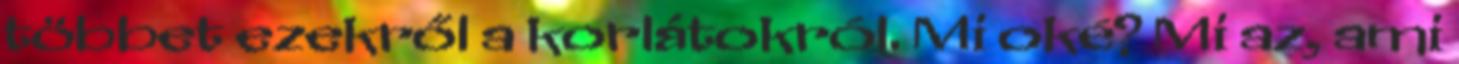
többet ezekről a korlátokról. Mi oké? Mi az, ami